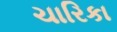
ચારિકા